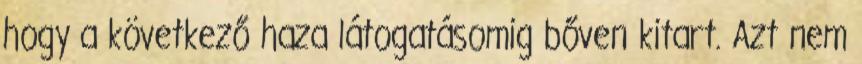
hogy a következő haza látogatásomig bőven kitart. Azt nem